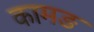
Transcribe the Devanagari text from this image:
कामङ